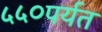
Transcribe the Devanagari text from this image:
५५०पर्यत